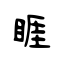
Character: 睚